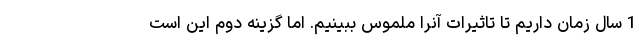
1 سال زمان داریم تا تاثیرات آنرا ملموس ببینیم. اما گزینه دوم این است